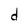
Character: d